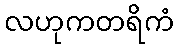
လဟုကတရိကံ